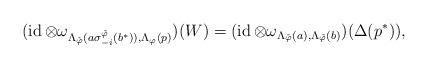
LaTeX: \begin{align*}(\operatorname{id}\otimes\omega_{\Lambda_{\tilde{\varphi}}(a\sigma^{\tilde{\varphi}}_{-i}(b^*)),\Lambda_{\varphi}(p)})(W)=(\operatorname{id}\otimes\omega_{\Lambda_{\tilde{\varphi}}(a),\Lambda_{\tilde{\varphi}}(b)})(\Delta(p^*)),\end{align*}